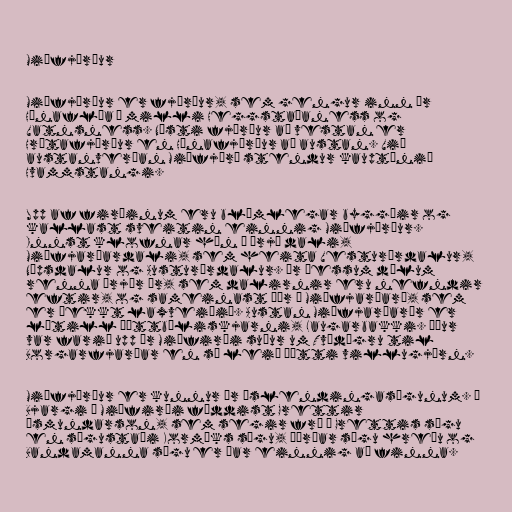
Miðfjörður

Miðfjörður er fjörður, sem gengur inn úr
Húnaflóa á milli Heggstaðaness og
Vatnsness. Næsti fjörður að vestan er
Hrútafjörður en Húnafjörður að austan. Við
austanverðan Miðfjörð stendur kauptúnið
Hvammstangi.

Upp af firðinum eru blómlegar byggðir og
kallast sveitin einnig Miðfjörður.
Innst klofnar hún í þrjá dali,
Miðfjarðardali, sem heita Vesturárdalur,
Núpsdalur og Austurárdalur. Úr þessum dölum
renna þrjár ár, sem dalirnir eru nefndir
eftir, og sameinast þær í Miðfjarðará, sem
er þekkt laxveiðiá. Austan Miðfjarðarár er
lítill þéttbýliskjarni, Laugarbakki. Áður
var farið upp úr Miðfirði suður um Tvídægru til
Borgarfjarðar en sú leið þótti villugjörn.

Miðfjörður er kunnur úr Íslendingasögunum. Á
Bjargi í Miðfirði fæddist Grettir
Ásmundarson, sem segir frá í Grettis sögu
en sögustaði Kormáks sögu, Þórðar sögu hreðu og
Bandamanna sögu er þar einnig að finna.